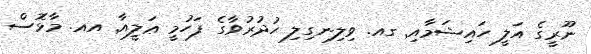
ނޫރީގެ އަލީ ހައިޝަމާއި